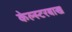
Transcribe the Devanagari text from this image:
केल्स्टरबाख